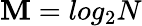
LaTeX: \mathbf{M}=log_{2}N